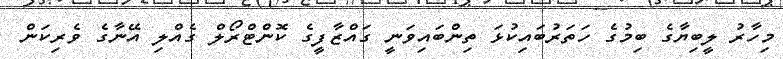
މިހާރު ލީބިޔާގެ ބިމުގެ ހަތަރުބައިކުޅަ ތިންބައިވަނީ ގައްޒާފީގެ ކޮންޓްރޯލް ގެއްލި އޭނާގެ ވެރިކަން